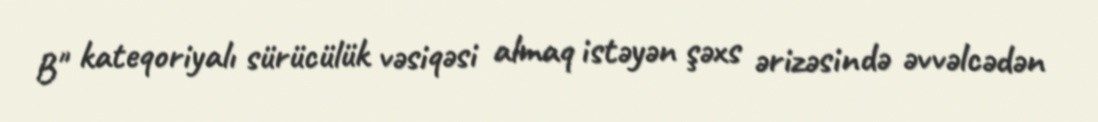
B" kateqoriyalı sürücülük vəsiqəsi almaq istəyən şəxs ərizəsində əvvəlcədən